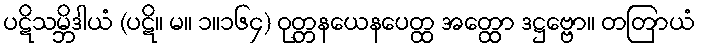
ပဋိသမ္ဘိဒါယံ (ပဋိ။ မ။ ၁။၁၆၄) ဝုတ္တနယေနပေတ္ထ အတ္ထော ဒဋ္ဌဗ္ဗော။ တတြာယံ